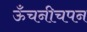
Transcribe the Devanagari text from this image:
ऊँचनीचपन